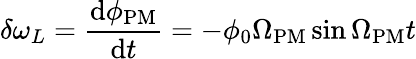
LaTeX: \delta\omega_{L}=\frac{\mathrm{d}\phi_{\mathrm{PM}}}{\mathrm{d}t}=-\phi_{0}\Omega_{\mathrm{PM}}\sin\Omega_{\mathrm{PM}}t